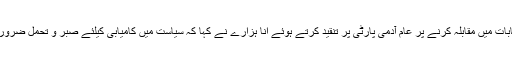
عام انتخابات میں مقابلہ کرنے پر عام آدمی پارٹی پر تنقید کرتے ہوئے انا ہزارے نے کہا کہ سیاست میں کامیابی کیلئے صبر و تحمل ضروری ہے ۔